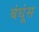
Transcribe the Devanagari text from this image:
बंधूंस